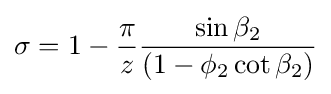
\sigma =1-{\frac {\pi }{z}}{\frac {\sin \beta _{2}}{(1-\phi _{2}\cot \beta _{2})}}